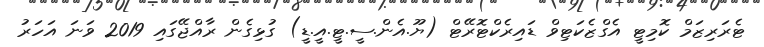
ޓެރަރިޒަމް ކޮމިޓީ އެގްޒެކަޓިވް ޑައިރެކްޓޮރޭޓް (ޔޫ.އެން.ސީ.ޓީ.އީ.ޑީ) ގުޅިގެން ރާއްޖޭގައި 2019 ވަނަ އަހަރު